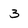
Character: 3